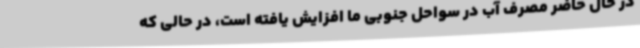
در حال حاضر مصرف آب در سواحل جنوبی ما افزایش یافته است، در حالی که